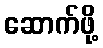
ဆောက်ဖို့